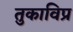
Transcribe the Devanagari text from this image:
तुकाविप्र